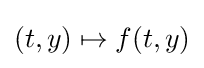
(t,y)\mapsto f(t,y)